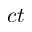
c t